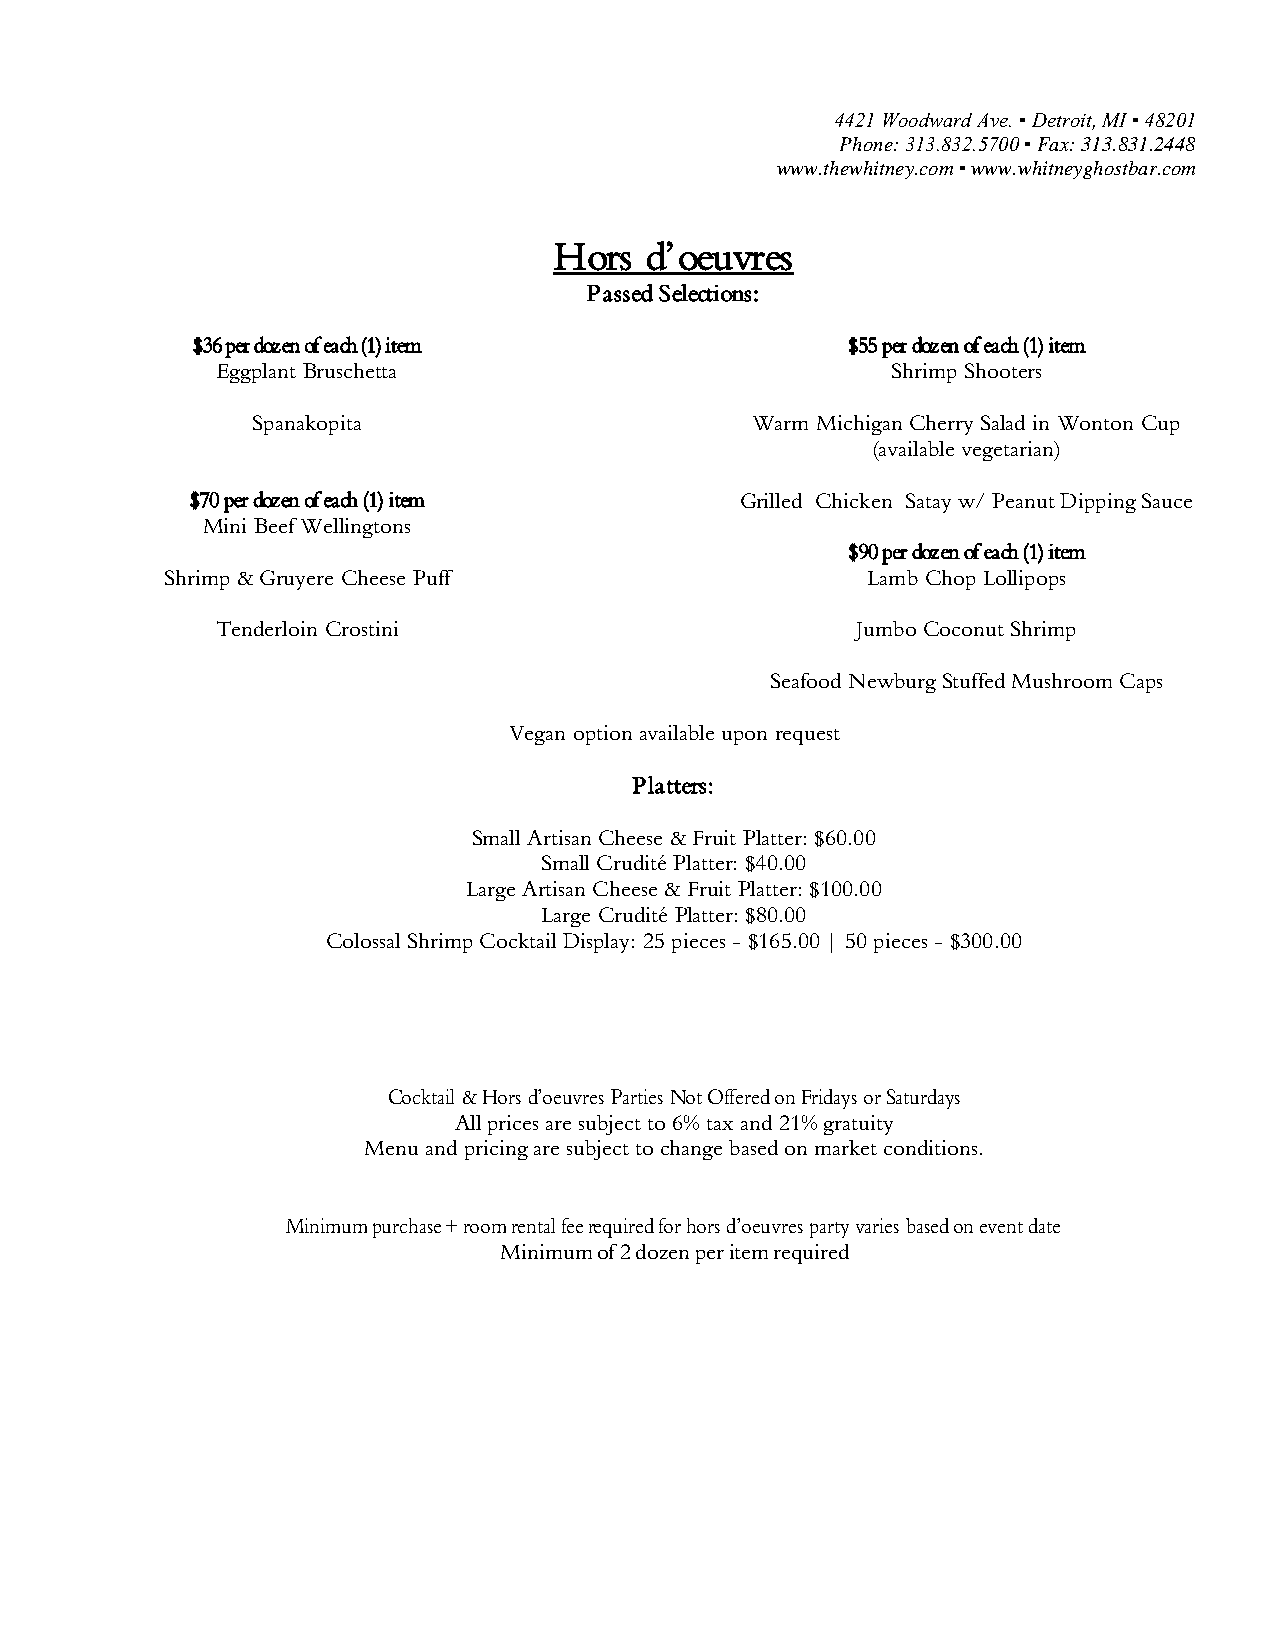
4421 Woodward Ave. ▪ Detroit, MI ▪ 48201
 Phone: 313.832.5700 ▪ Fax: 313.831.2448
 www.thewhitney.com ▪ www.whitneyghostbar.com
 Hors  d’oeuvres
 Passed Selections:
 $36 per dozen of each (1) item             $55 per dozen of each (1) item
 Eggplant Bruschetta                          Shrimp Shooters
 Spanakopita                      Warm Michigan Cherry Salad in Wonton Cup
 (available vegetarian)
 $70 per dozen of each (1) item      Grilled Chicken Satay w/ Peanut Dipping Sauce
 Mini Beef Wellingtons
 $90 per dozen of each (1) item
 Shrimp & Gruyere Cheese Puff                  Lamb Chop Lollipops
 Tenderloin Crostini                        Jumbo Coconut Shrimp
 Seafood Newburg Stuffed Mushroom Caps
 Vegan option available upon request
 Platters:
 Small Artisan Cheese & Fruit Platter: $60.00
 Small Crudité Platter: $40.00
 Large Artisan Cheese & Fruit Platter: $100.00
 Large Crudité Platter: $80.00
 Colossal Shrimp Cocktail Display: 25 pieces - $165.00 | 50 pieces - $300.00
 Cocktail & Hors d’oeuvres Parties Not Offered on Fridays or Saturdays
 All prices are subject to 6% tax and 21% gratuity
 Menu and pricing are subject to change based on market conditions.
 Minimum purchase + room rental fee required for hors d’oeuvres party varies based on event date
 Minimum of 2 dozen per item required